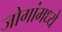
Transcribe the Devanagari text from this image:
जोगांमध्ये